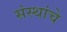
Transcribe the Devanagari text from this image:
संस्‍थांचे